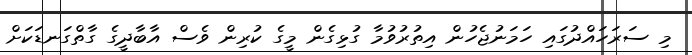
މި ސަރަހައްދުގައި ހަމަނުޖެހުން އިތުރުވުމާ ގުޅިގެން މީގެ ކުރިން ވެސް އާބާދީގެ ގާތްގަނޑަކަށް